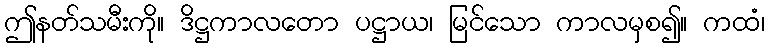
ဤနတ်သမီးကို။ ဒိဋ္ဌကာလတော ပဋ္ဌာယ၊ မြင်သော ကာလမှစ၍။ ကထံ၊